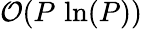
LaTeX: \mathcal{O}(P\, \ln(P))